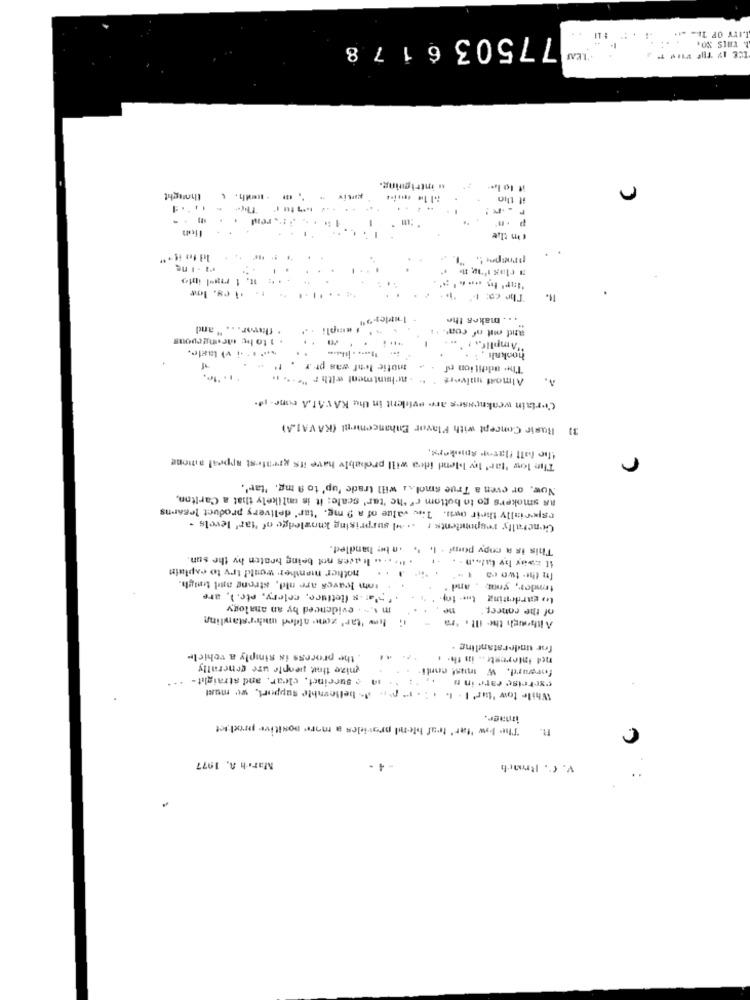
LITY OF TI= = tt
775036178
u intriguing.
it to la
thought
il tha
.....
ir.rent
1
P
The co:1
. .. makes the
. flepor. .. " and
and out of com'. +
... ..... . ......
.
"Amplif .. . .
hookalı : .
mutic Ietf was pr .r
The addition of
Almost univers : " - achantment with = " .... ..
Certain weaknesses are evident in the KAVALA cone- It.
31 Basic Concept with Flavor Enhancement (KAVALA)
the full flavor Aminkers,
The low 'far' ley blend idea will probably have its greatest appeal amone
r
Now, or even a True smol ... will trade 'up' to 9 mg. "tar'.
as smokers go to bottom of the 'tar' scale: it is unlikely that a Carlton,
especially their own. The value of a 9 mg. 'tar' delivery product legarns
Generally respondents : .. MI surprising knowledge of "ar' levels -
.n be handled.
This is a copy port . l. ".
. ... .. .. haves not being braten hwy the sun
It zwar be tal .... . .
hother menther would try to caplain
Inm leaves are nid, strong and tough.
In the two ca 1.""
temader, your, , and "
2'a .s (letluce, celery, etc. ), are
to gardening
mi -. evidenced by an analogy
ne
of the concep
hos 'tar' zone alded merrstarling
Although the ill . 'ra
for understanding .
. the process is simply a vehicle
net intereste .. in th. .
mize that people ure generally
forward. W must conti
succinct, clear, and straight-
exercise rare in
While tow 'tur' l . I. .. . 1 pt. A- believable support, we must
image.
The bow 'far' traf blend provides a more positive prod let
R.
March A. 1977
4.
V. C. Rrach